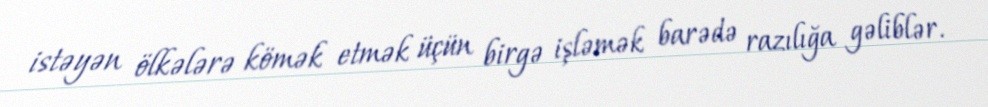
istəyən ölkələrə kömək etmək üçün birgə işləmək barədə razılığa gəliblər.